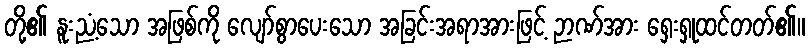
တို့၏ နူးညံ့သော အဖြစ်ကို လျော်စွာပေးသော အခြင်းအရာအားဖြင့် ဉာဏ်အား ရှေးရှုထင်တတ်၏။